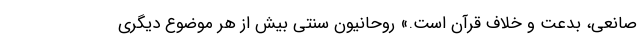
صانعی، بدعت و خلاف قرآن است.» روحانیون سنتی بیش از هر موضوع دیگری